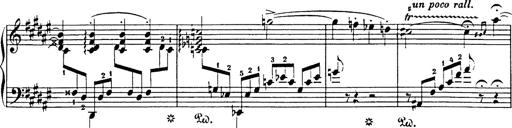
Title: Impromptu
Composer: JosÃ© MarÃ­a Usandizaga
Key: A major